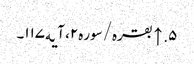
۵. ↑ بقره/سوره۲، آیه۱۱۷۔